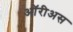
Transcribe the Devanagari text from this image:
ऑरीअस